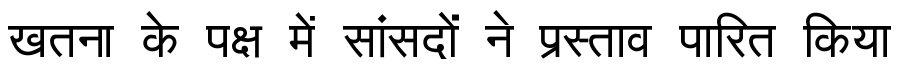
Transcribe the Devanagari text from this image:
खतना के पक्ष में सांसदों ने प्रस्ताव पारित किया